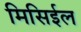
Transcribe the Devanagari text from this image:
मिसिईल